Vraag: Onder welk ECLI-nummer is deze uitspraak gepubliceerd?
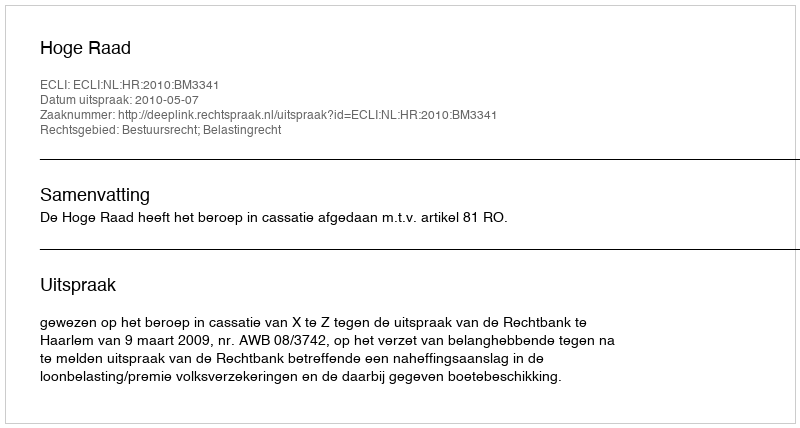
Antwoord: ECLI:NL:HR:2010:BM3341